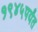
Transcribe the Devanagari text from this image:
१९४५पर्यंत